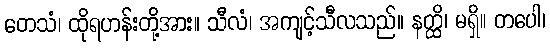
တေသံ၊ ထိုရဟန်းတို့အား။ သီလံ၊ အကျင့်သီလသည်။ နတ္ထိ၊ မရှိ။ တပေါ၊